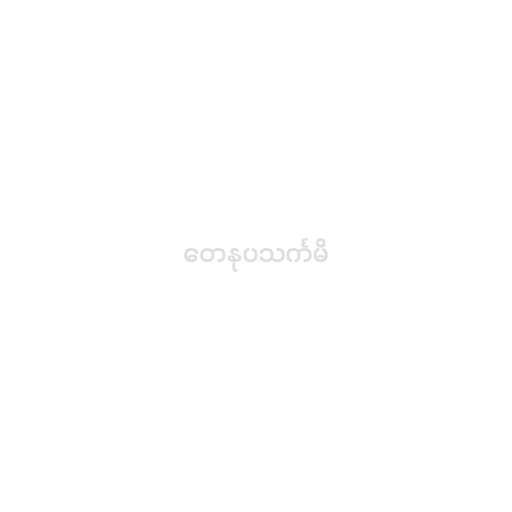
တေနုပသင်္ကမိ